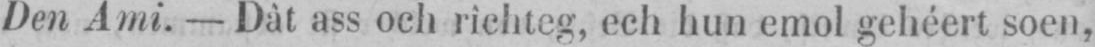
Den Ami. - Dât ass och richteg, eeh hun emol gehéert soen,